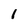
Character: 1